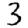
Digit: 3